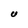
Character: U